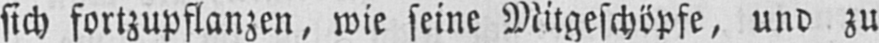
sich fortzupflanzen, wie seine Mitgeschöpfe, und zu